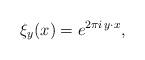
LaTeX: \begin{align*} \xi_y(x) = e^{2 \pi i \, y \cdot x},\end{align*}